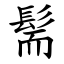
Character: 髵